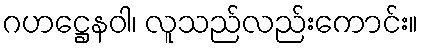
ဂဟဋ္ဌေနဝါ၊ လူသည်လည်းကောင်း။